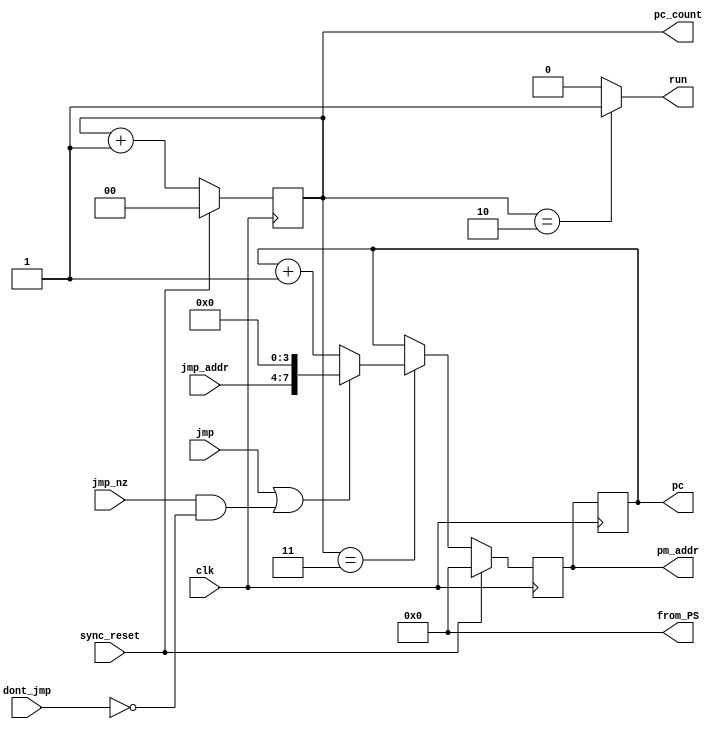
module program_sequencer(
	input clk, 
	input sync_reset,
	input [3:0] jmp_addr,
	input jmp,
	input jmp_nz,
	input dont_jmp,
	output reg [7:0] pm_addr,
	output wire [7:0] from_PS,
	output reg [7:0] pc,
	output reg [1:0] pc_count,
	output reg run
);
	
//------------------------Run Logic---------------------------------
always@(*)
	if (pc_count == 2'd2)
		run <= 1'b1;
	else
		run <= 1'b0;
	
//----------------------PC_Count Logic------------------------------
always@(posedge clk)
	if (sync_reset)
		pc_count <= 2'd0;
	else 
		pc_count <= pc_count + 2'd1;
	
	
//-------------------PS Output Assignments--------------------------
assign from_PS = 8'H00;
//assign from_PS = pc;

	
//---------------------PM Address Logic-----------------------------
always @ (posedge clk)
	if (sync_reset)
		pm_addr = 8'H00;
	else if (pc_count == 2'd3) //normal operation 
		begin
			if ((jmp == 1'b1) || ((jmp_nz == 1'b1) && (dont_jmp == 1'b0)))
				pm_addr <= {jmp_addr, 4'H0};
			else
				pm_addr <= pc + 8'H01;
		end
	else
		pm_addr = pc; //when pc_count is NOT 3 then pm address is equal to pc
	

//------------------------PC Logic----------------------------------
always @ (posedge clk)
	pc <= pm_addr; 



endmodule